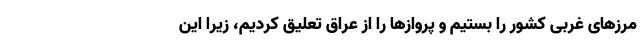
مرزهای غربی کشور را بستیم و پروازها را از عراق تعلیق کردیم، زیرا این